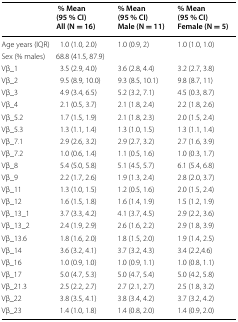
<table><thead><tr><td></td><td><b> % Mean (95 % CI)All (N = 16)</b></td><td><b>% Mean (95 % CI)Male (N = 11)</b></td><td><b>% Mean (95 % CI)Female (N = 5)</b></td></tr></thead><tbody><tr><td>Age years (IQR)</td><td>1.0 (1.0, 2.0)</td><td>1.0 (0.9, 2)</td><td>1.0 (1.0, 1.0)</td></tr><tr><td>Sex (% males)</td><td>68.8 (41.5, 87.9)</td><td></td><td></td></tr><tr><td>Vβ_1</td><td>3.5 (2.9, 4.0)</td><td>3.6 (2.8, 4.4)</td><td>3.2 (2.7, 3.8)</td></tr><tr><td>Vβ_2</td><td>9.5 (8.9, 10.0)</td><td>9.3 (8.5, 10.1)</td><td>9.8 (8.7, 11)</td></tr><tr><td>Vβ_3</td><td>4.9 (3.4, 6.5)</td><td>5.2 (3.2, 7.1)</td><td>4.5 (0.3, 8.7)</td></tr><tr><td>Vβ_4</td><td>2.1 (0.5, 3.7)</td><td>2.1 (1.8, 2.4)</td><td>2.2 (1.8, 2.6)</td></tr><tr><td>Vβ_5.2</td><td>1.7 (1.5, 1.9)</td><td>2.1 (1.8, 2.3)</td><td>2.0 (1.5, 2.4)</td></tr><tr><td>Vβ_5.3</td><td>1.3 (1.1, 1.4)</td><td>1.3 (1.0, 1.5)</td><td>1.3 (1.1, 1.4)</td></tr><tr><td>Vβ_7.1</td><td>2.9 (2.6, 3.2)</td><td>2.9 (2.7, 3.2)</td><td>2.7 (1.6, 3.9)</td></tr><tr><td>Vβ_7.2</td><td>1.0 (0.6, 1.4)</td><td>1.1 (0.5, 1.6)</td><td>1.0 (0.3, 1.7)</td></tr><tr><td>Vβ_8</td><td>5.4 (5.0, 5.8)</td><td>5.1 (4.5, 5.7)</td><td>6.1 (5.4, 6.8)</td></tr><tr><td>Vβ_9</td><td>2.2 (1.7, 2.6)</td><td>1.9 (1.3, 2.4)</td><td>2.8 (2.0, 3.7)</td></tr><tr><td>Vβ_11</td><td>1.3 (1.0, 1.5)</td><td>1.2 (0.5, 1.6)</td><td>2.0 (1.5, 2.4)</td></tr><tr><td>Vβ_12</td><td>1.6 (1.5, 1.8)</td><td>1.6 (1.4, 1.9)</td><td>1.5 (1.2, 1.9)</td></tr><tr><td>Vβ_13_1</td><td>3.7 (3.3, 4.2)</td><td>4.1 (3.7, 4.5)</td><td>2.9 (2.2, 3.6)</td></tr><tr><td>Vβ_13_2</td><td>2.4 (1.9, 2.9)</td><td>2.6 (1.6, 2.2)</td><td>2.9 (1.8, 3.9)</td></tr><tr><td>Vβ_13.6</td><td>1.8 (1.6, 2.0)</td><td>1.8 (1.5, 2.0)</td><td>1.9 (1.4, 2.5)</td></tr><tr><td>Vβ_14</td><td>3.6 (3.2, 4.1)</td><td>3.7 (3.2, 4.3)</td><td>3.4 (2.2,4.6)</td></tr><tr><td>Vβ_16</td><td>1.0 (0.9, 1.0)</td><td>1.0 (0.9, 1.1)</td><td>1.0 (0.8, 1.1)</td></tr><tr><td>Vβ_17</td><td>5.0 (4.7, 5.3)</td><td>5.0 (4.7, 5.4)</td><td>5.0 (4.2, 5.8)</td></tr><tr><td>Vβ_21.3</td><td>2.5 (2.2, 2.7)</td><td>2.7 (2.1, 2.7)</td><td>2.5 (1.8, 3.2)</td></tr><tr><td>Vβ_22</td><td>3.8 (3.5, 4.1)</td><td>3.8 (3.4, 4.2)</td><td>3.7 (3.2, 4.2)</td></tr><tr><td>Vβ_23</td><td>1.4 (1.0, 1.8)</td><td>1.4 (0.8, 2.0)</td><td>1.4 (0.9, 2.0)</td></tr></tbody></table>